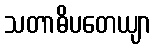
သတာဓိပတေယျာ